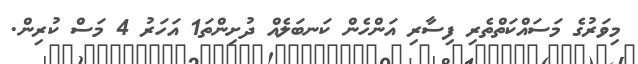
މިވަރުގެ މަސައްކަތްތެރި ފިސާރި އަންހެން ކަނބަލެއް ދުށިންތަ1 އަހަރު 4 މަސް ކުރިން.